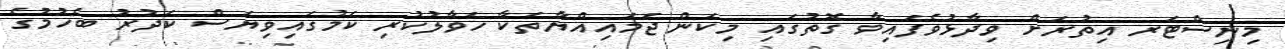
މިނިސްޓަރ އިތުރަށް ވިދާޅުވެފައިވާ ގޮތުގައި މިކަން ޖަމައިއްޔާތަކާ ހަވާލުކުރިި ކަމުގައިވިޔަސް ކަދުރު ބެހުމުގެ